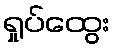
ရှုပ်ထွေး